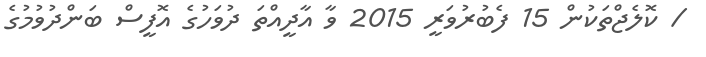
/ ކޮލެޖްތަކުން 15 ފެބުރުވަރީ 2015 ވާ އާދީއްތަ ދުވަހުގެ އޮފީސް ބަންދުވުމުގެ